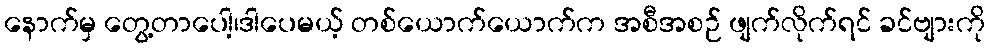
နောက်မှ တွေ့တာပေါ့၊ဒါပေမယ့် တစ်ယောက်ယောက်က အစီအစဉ် ဖျက်လိုက်ရင် ခင်ဗျားကို